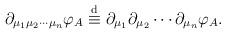
LaTeX: \begin{align*}\partial_{\mu_{1}\mu_{2}\cdots\mu_{n}}\varphi_{A}\stackrel{\rm d}{\equiv}\partial_{\mu_{1}}\partial_{\mu_{2}}\cdots\partial_{\mu_{n}}\varphi_{A} .\end{align*}